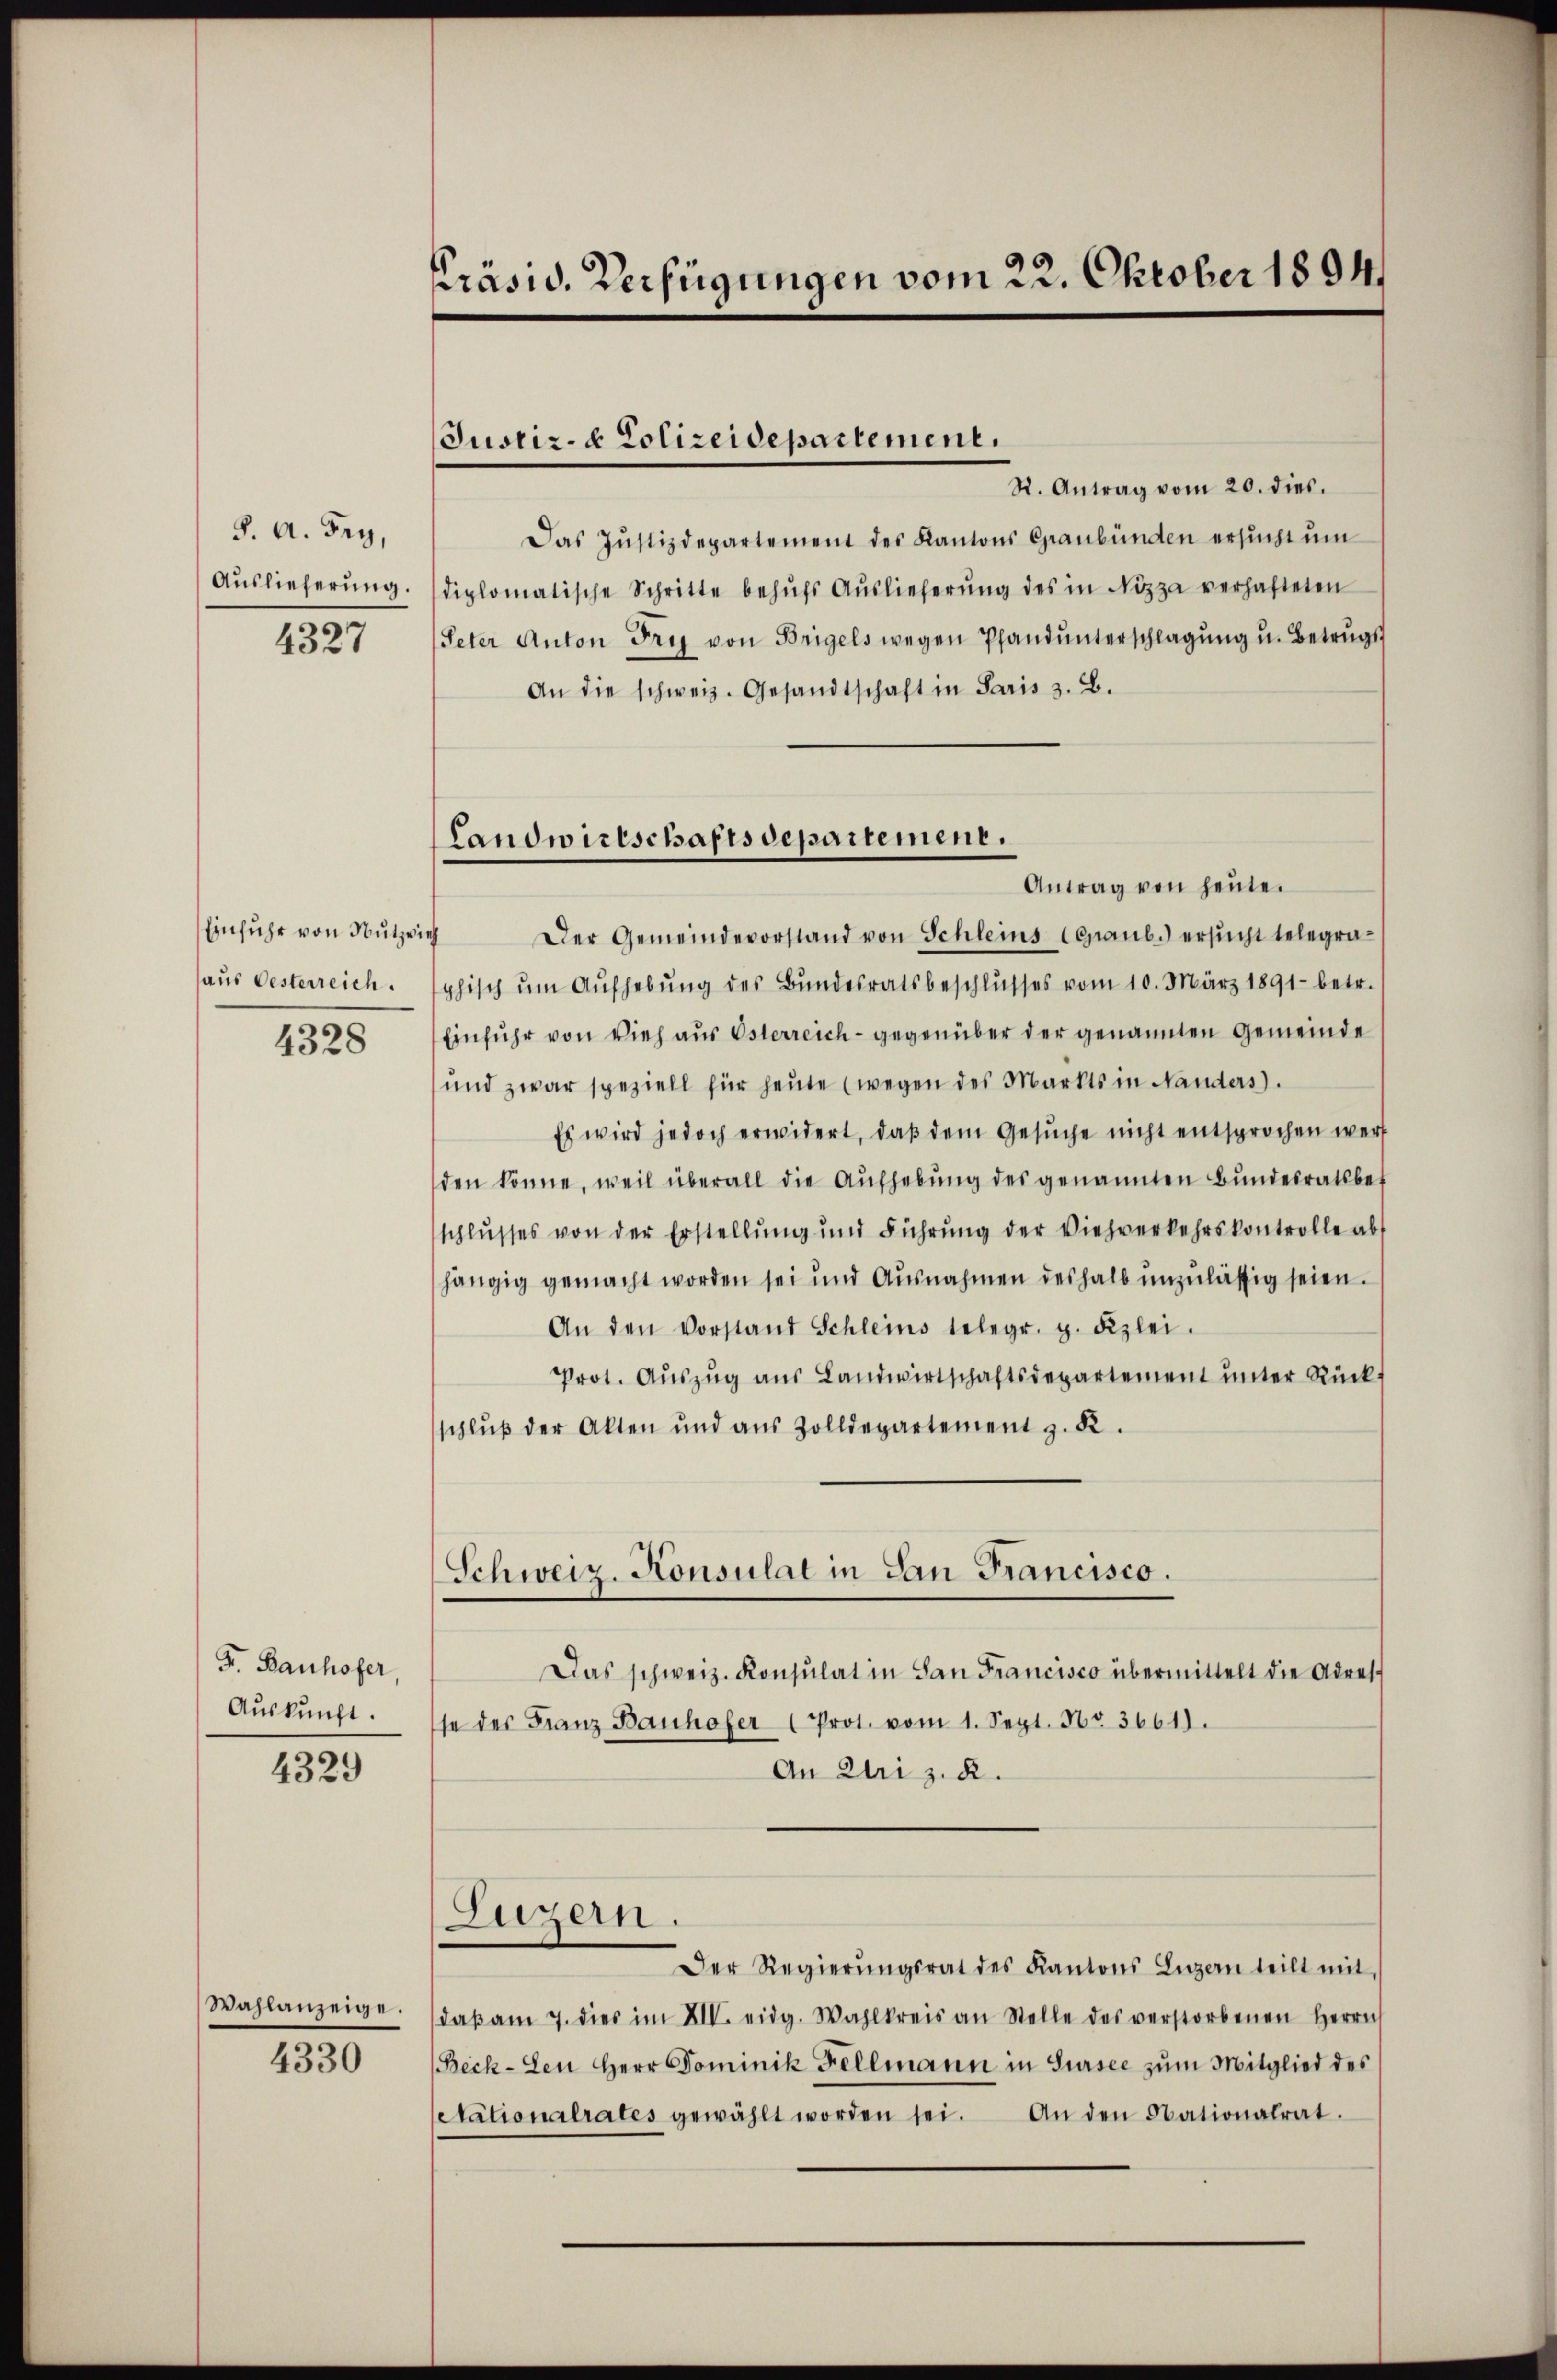
§. A. Fry,
Auslieferung.
4327

Einfuhr von Nutzwis
haus Oesterreich.
4328

F. Bauhofer,
Aŭskŭnft.

4329

Wahlanzeige.
4330

präsid. Verfügungen vom 22. Oktober 1894

Justiz- & Polizeidepartement.

Landwirtschaftsdepartement.

R. Antrag vom 20. dies.
Das Justizdepartement des Kantons Graubünden ersŭcht ŭm
diplomatische Schritte behŭfs Aŭslieferŭng des in Nizza verhafteten
Peter Anton Fry von Brigels wegen Pfand ŭnterschlagŭng u. Betrŭgs-
An die schweiz. Gesandtschaft in Paris z. B.
Antrag von heute.
" Der Gemeindevorstand von Schleins (Graub.) ersŭcht telegra-
phisch ŭm Aŭfhebŭng des Bŭndesratsbeschlŭsses vom 10. März 1891 betr.
Einfuhr von Vieh aus Osterreich - gegenüber der genannten Gemeinde
und zwar speziell für heŭte (wegen des Markts in Nanders.
Es wird jedoch erwidert, daß dem Gesŭche nicht entsprochen wer
den könne, weil überall die Aŭfhebŭng des genannten Bŭndesratsbet
schlusses von der Erstellŭng und Führŭng der Viehverkehrskontrolle ab
hängig gemacht worden sei und Ausnahmen deshalb unzulässig seien.
An den Vorstand Schleins telegr. g. Fizlei.
Prot. Aŭszŭg aŭs Landwirtschaftsdepartement ŭnter Rück-
schlŭβ der Akten und aŭs Zolldepartement z. K.
Schweiz Konsulat in San Francisco.
Das schweiz. Konsulat in San Francisco übermittelt die Adres
se der Franz Bauhofer (Prot. vom 1. Sept. No 3661.
An Uri z. B.
Luzern.
Der Regierŭngsrat des Kantons Luzern teilt mit
daβ am 7. dies im XII. eidg. Wahlkreis an Stelle des verstorbenen Herrn
Reck-Sen Herr Dominik Fellmann in Sursee zŭm Mitglied des
etationalrates gewählt worden sei. An den Nationalrat.